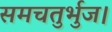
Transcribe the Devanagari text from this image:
समचतुर्भुज।